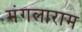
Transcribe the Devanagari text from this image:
मंगलाराम